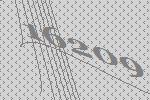
16209